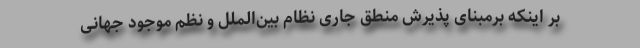
بر اینکه برمبنای پذیرش منطق جاری نظام بین‌الملل و نظم موجود جهانی